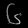
Digit: ၆